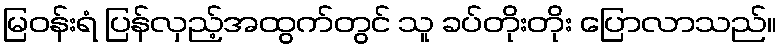
မြဝန်းရံ ပြန်လှည့်အထွက်တွင် သူ ခပ်တိုးတိုး ပြောလာသည်။